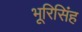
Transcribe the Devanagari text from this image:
भूरिसिंह